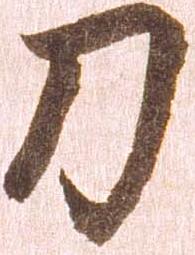
刀